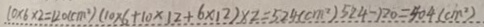
1 0 \times 6 \times 2 = 1 2 0 ( c m ^ { 2 } ) ( 1 0 \times 6 + 1 0 \times 1 2 + 6 \times 1 2 ) \times 2 = 5 2 4 ( c m ^ { 2 } ) 5 2 4 - 1 2 0 = 4 0 4 ( c m ^ { 2 } )